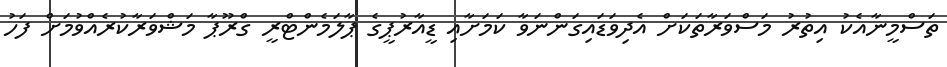
ތަސްމީނާއެކު އިތުރު މަސްވަރާތަކަށް އެދިވަޑައިގަންނަވާ ކަމަށާއި ޑީއާރުޕީގެ ޕާލަމެންޓްރީ ގްރޫޕާ މަޝްވަރާކުރެއްވުމަށް ފަހު